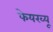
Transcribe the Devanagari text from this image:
फेयरव्यू